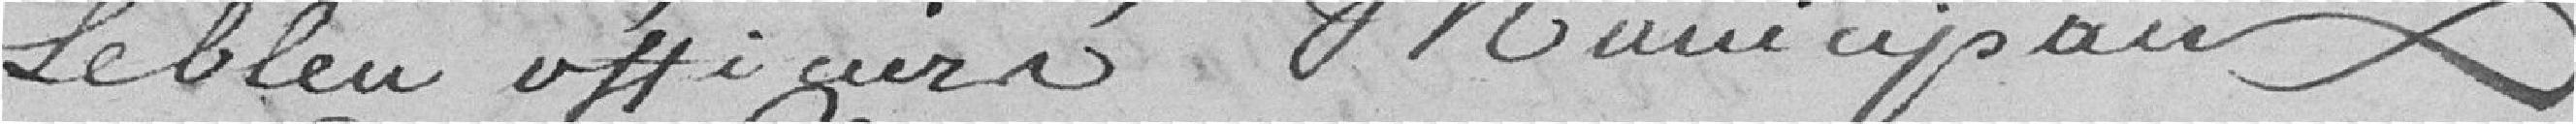
Lebleu officiers municipaux